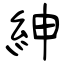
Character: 紳